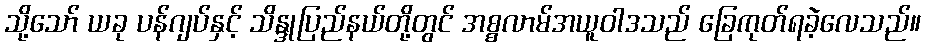
သို့သော် ယခု ပန်ဂျပ်နှင့် သိန္ဒုပြည်နယ်တို့တွင် အစ္စလာမ်အယူဝါဒသည် ခြေကုတ်ရခဲ့လေသည်။